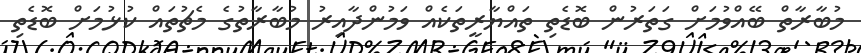
މުބާރާތް ބޭއްވުމަށް ގަތަރުން ބޮޑެތި ތައްޔާރީތަކެއް ވަމުންދާއިރު މުބާރާތުގެ މެޗުތައް ކުޅުމަށް ބޮޑެތި